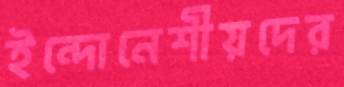
ইন্দোনেশীয়দের